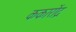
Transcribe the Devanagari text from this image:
ककारोंद्र